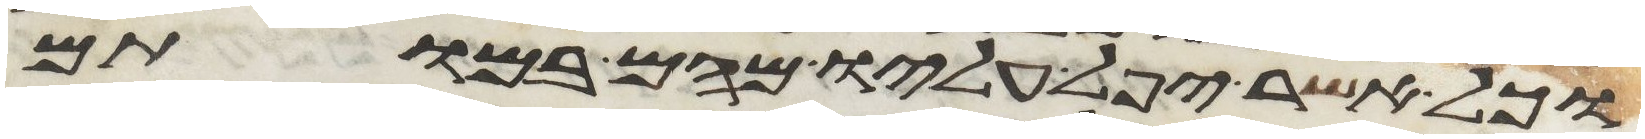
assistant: וכל אשר יפל עליו מהם במותם